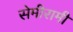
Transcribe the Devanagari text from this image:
सेमीरामी